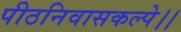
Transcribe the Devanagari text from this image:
पीठनिवासकल्पे।।